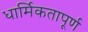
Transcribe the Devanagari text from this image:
धार्मिकतापूर्ण